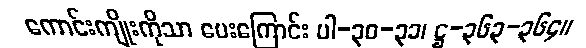
ကောင်းကျိုးကိုသာ ပေးကြောင်း ပါ-၃၀-၃၁၊ ဋ္ဌ-၃၆၃-၃၆၄။